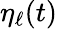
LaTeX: \eta_{\ell}(t)